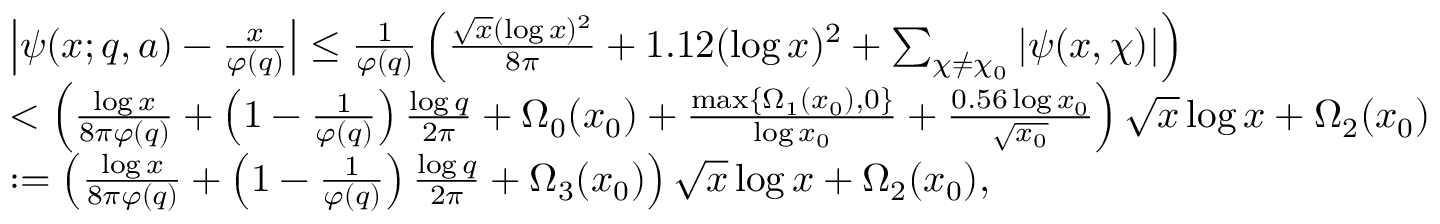
\begin{array} { r l } & { \left| \psi ( x ; q , a ) - \frac { x } { \varphi ( q ) } \right| \leq \frac { 1 } { \varphi ( q ) } \left( \frac { \sqrt { x } ( \log { x } ) ^ { 2 } } { 8 \pi } + 1 . 1 2 ( \log { x } ) ^ { 2 } + \sum _ { \chi \neq \chi _ { 0 } } | \psi ( x , \chi ) | \right) } \\ & { < \left( \frac { \log { x } } { 8 \pi \varphi ( q ) } + \left( 1 - \frac { 1 } { \varphi ( q ) } \right) \frac { \log { q } } { 2 \pi } + \Omega _ { 0 } ( x _ { 0 } ) + \frac { \operatorname* { m a x } \{ \Omega _ { 1 } ( x _ { 0 } ) , 0 \} } { \log { x _ { 0 } } } + \frac { 0 . 5 6 \log { x _ { 0 } } } { \sqrt { x _ { 0 } } } \right) \sqrt { x } \log { x } + \Omega _ { 2 } ( x _ { 0 } ) } \\ & { : = \left( \frac { \log { x } } { 8 \pi \varphi ( q ) } + \left( 1 - \frac { 1 } { \varphi ( q ) } \right) \frac { \log { q } } { 2 \pi } + \Omega _ { 3 } ( x _ { 0 } ) \right) \sqrt { x } \log { x } + \Omega _ { 2 } ( x _ { 0 } ) , } \end{array}